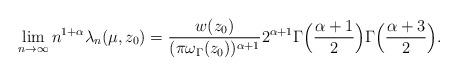
LaTeX: \begin{align*} \lim_{n \to \infty} n^{1+\alpha} \lambda_n(\mu, z_0) = \frac{w(z_0)}{(\pi \omega_{\Gamma}(z_0))^{\alpha + 1}} 2^{\alpha + 1}\Gamma \Big( \frac{\alpha + 1}{2} \Big) \Gamma \Big( \frac{\alpha + 3}{2} \Big).\end{align*}